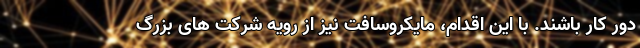
دور کار باشند. با این اقدام، مایکروسافت نیز از رویه شرکت های بزرگ